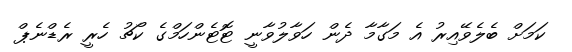
ކަމަށް ބެލެވޭއިރު އެ މަގާމާ ދެން ހަވާލުވާނީ ޓޮޓެންހަމްގެ ކޯޗު ހެރީ ރެޑްނެޕް